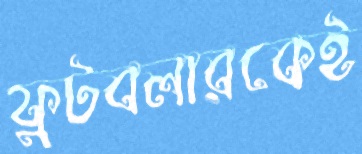
ফুটবলারকেই